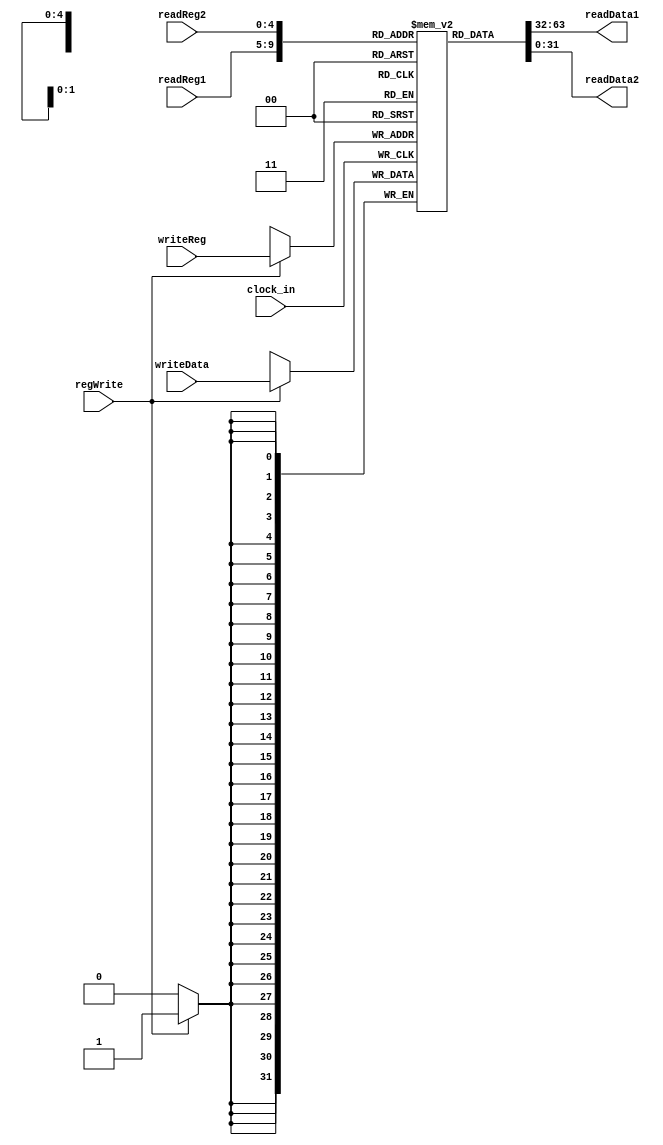
module register(clock_in, readReg1,readReg2, writeReg,writeData,regWrite,readData1,readData2);
    input clock_in;
    input [25:21] readReg1;
    input [20:16] readReg2;
    input [4:0] writeReg;
    input [31:0] writeData;
    input regWrite;
    output [31:0] readData1;
    output [31:0] readData2;
	
	 reg[31:0] regFile[31:0];
	 reg[31:0] readData1;
	 reg[31:0] readData2;
	 integer i;
	 
	 initial //
		begin
			for(i = 0; i < 32; i = i + 1)
				regFile[i] = 0;
			readData1 = 0;
			readData2 = 0;
		end
	 
	 always @ (readReg1 or readReg2) //
	 begin
		readData1 = regFile[readReg1];
		readData2 = regFile[readReg2];
    end
	 
	 always @ (negedge clock_in) //
	 begin
		if(regWrite)
			regFile[writeReg] = writeData;
	 end


endmodule